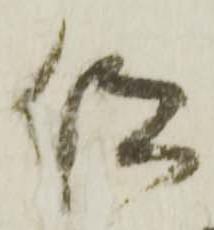
仰